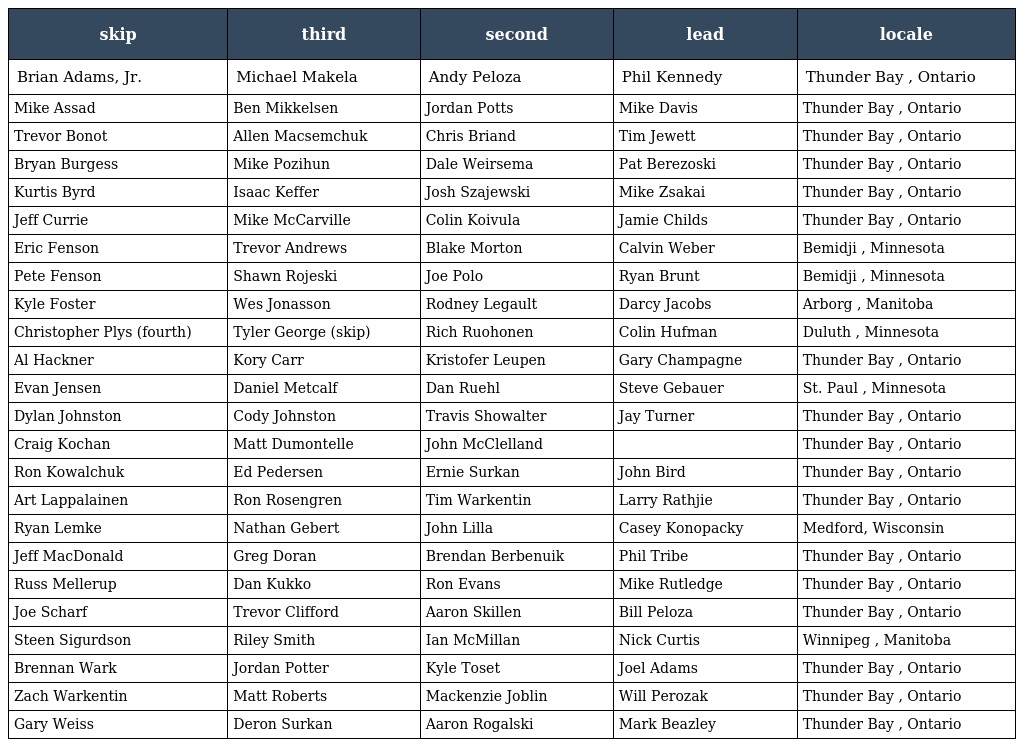
| skip | third | second | lead | locale |
 | --- | --- | --- | --- | --- |
 | Brian Adams, Jr. | Michael Makela | Andy Peloza | Phil Kennedy | Thunder Bay , Ontario |
 | Mike Assad | Ben Mikkelsen | Jordan Potts | Mike Davis | Thunder Bay , Ontario |
 | Trevor Bonot | Allen Macsemchuk | Chris Briand | Tim Jewett | Thunder Bay , Ontario |
 | Bryan Burgess | Mike Pozihun | Dale Weirsema | Pat Berezoski | Thunder Bay , Ontario |
 | Kurtis Byrd | Isaac Keffer | Josh Szajewski | Mike Zsakai | Thunder Bay , Ontario |
 | Jeff Currie | Mike McCarville | Colin Koivula | Jamie Childs | Thunder Bay , Ontario |
 | Eric Fenson | Trevor Andrews | Blake Morton | Calvin Weber | Bemidji , Minnesota |
 | Pete Fenson | Shawn Rojeski | Joe Polo | Ryan Brunt | Bemidji , Minnesota |
 | Kyle Foster | Wes Jonasson | Rodney Legault | Darcy Jacobs | Arborg , Manitoba |
 | Christopher Plys (fourth) | Tyler George (skip) | Rich Ruohonen | Colin Hufman | Duluth , Minnesota |
 | Al Hackner | Kory Carr | Kristofer Leupen | Gary Champagne | Thunder Bay , Ontario |
 | Evan Jensen | Daniel Metcalf | Dan Ruehl | Steve Gebauer | St. Paul , Minnesota |
 | Dylan Johnston | Cody Johnston | Travis Showalter | Jay Turner | Thunder Bay , Ontario |
 | Craig Kochan | Matt Dumontelle | John McClelland |  | Thunder Bay , Ontario |
 | Ron Kowalchuk | Ed Pedersen | Ernie Surkan | John Bird | Thunder Bay , Ontario |
 | Art Lappalainen | Ron Rosengren | Tim Warkentin | Larry Rathjie | Thunder Bay , Ontario |
 | Ryan Lemke | Nathan Gebert | John Lilla | Casey Konopacky | Medford, Wisconsin |
 | Jeff MacDonald | Greg Doran | Brendan Berbenuik | Phil Tribe | Thunder Bay , Ontario |
 | Russ Mellerup | Dan Kukko | Ron Evans | Mike Rutledge | Thunder Bay , Ontario |
 | Joe Scharf | Trevor Clifford | Aaron Skillen | Bill Peloza | Thunder Bay , Ontario |
 | Steen Sigurdson | Riley Smith | Ian McMillan | Nick Curtis | Winnipeg , Manitoba |
 | Brennan Wark | Jordan Potter | Kyle Toset | Joel Adams | Thunder Bay , Ontario |
 | Zach Warkentin | Matt Roberts | Mackenzie Joblin | Will Perozak | Thunder Bay , Ontario |
 | Gary Weiss | Deron Surkan | Aaron Rogalski | Mark Beazley | Thunder Bay , Ontario |